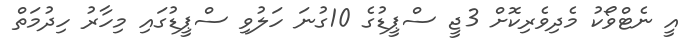
އީ ނެޓްވޯކު މެދިވެރިކޮށް 3ޖީ ސްޕީޑުގެ 10ގުނަ ހަލުވި ސްޕީޑުގައި މިހާރު ހިދުމަތް